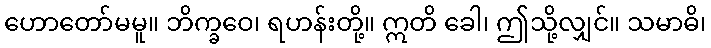
ဟောတော်မမူ။ ဘိက္ခဝေ၊ ရဟန်းတို့။ ဣတိ ခေါ၊ ဤသို့လျှင်။ သမာဓိ၊